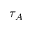
\tau _ { A }